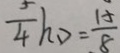
\frac { 5 } { 4 } h _ { 0 } = \frac { 1 5 } { 8 }